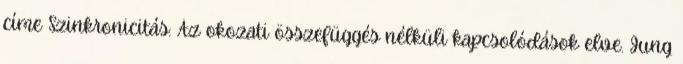
címe Szinkronicitás: Az okozati összefüggés nélküli kapcsolódások elve. Jung